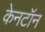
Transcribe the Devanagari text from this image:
केनटॉन